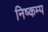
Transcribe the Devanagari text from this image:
निष्कम्प